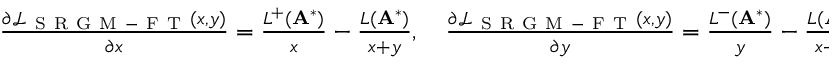
\begin{array} { r } { \frac { \partial \mathcal { L } _ { \mathrm { ~ S ~ R ~ G ~ M ~ - ~ F ~ T ~ } } ( x , y ) } { \partial x } = \frac { L ^ { + } ( \mathbf { A } ^ { * } ) } { x } - \frac { L ( \mathbf { A } ^ { * } ) } { x + y } , \quad \frac { \partial \mathcal { L } _ { \mathrm { ~ S ~ R ~ G ~ M ~ - ~ F ~ T ~ } } ( x , y ) } { \partial y } = \frac { L ^ { - } ( \mathbf { A } ^ { * } ) } { y } - \frac { L ( \mathbf { A } ^ { * } ) } { x + y } ; } \end{array}